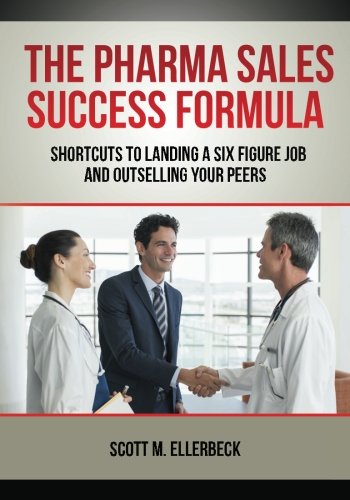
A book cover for The Pharma Sales Success Formula: Shortcuts to Landing a Six Figure Job and Outselling Your Peers; Scott M. Ellerbeck; Business & Money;